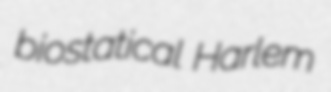
biostatical Harlem